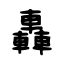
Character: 轟